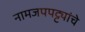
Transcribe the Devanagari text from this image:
नामजपपट्ट्यांचे